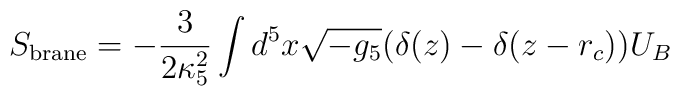
S_{\rm brane}=-\frac{3}{2\kappa_5^2}\int d^5 x\sqrt {-g_5}(\delta(z)-\delta (z-r_c))U_B